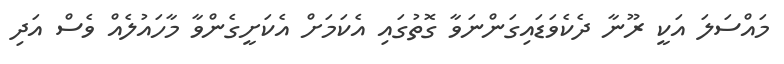
މައްސަލަ އަކީ ރޫނާ ދެކެވަޑައިގަންނަވާ ގޮތުގައި އެކަމަށް އެކަށީގެންވާ މާހައުލެއް ވެސް އަދި